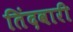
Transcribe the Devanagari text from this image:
तिंदवारी